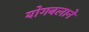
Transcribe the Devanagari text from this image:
योगबलाने